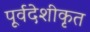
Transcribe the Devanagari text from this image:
पूर्वदेशीकृत